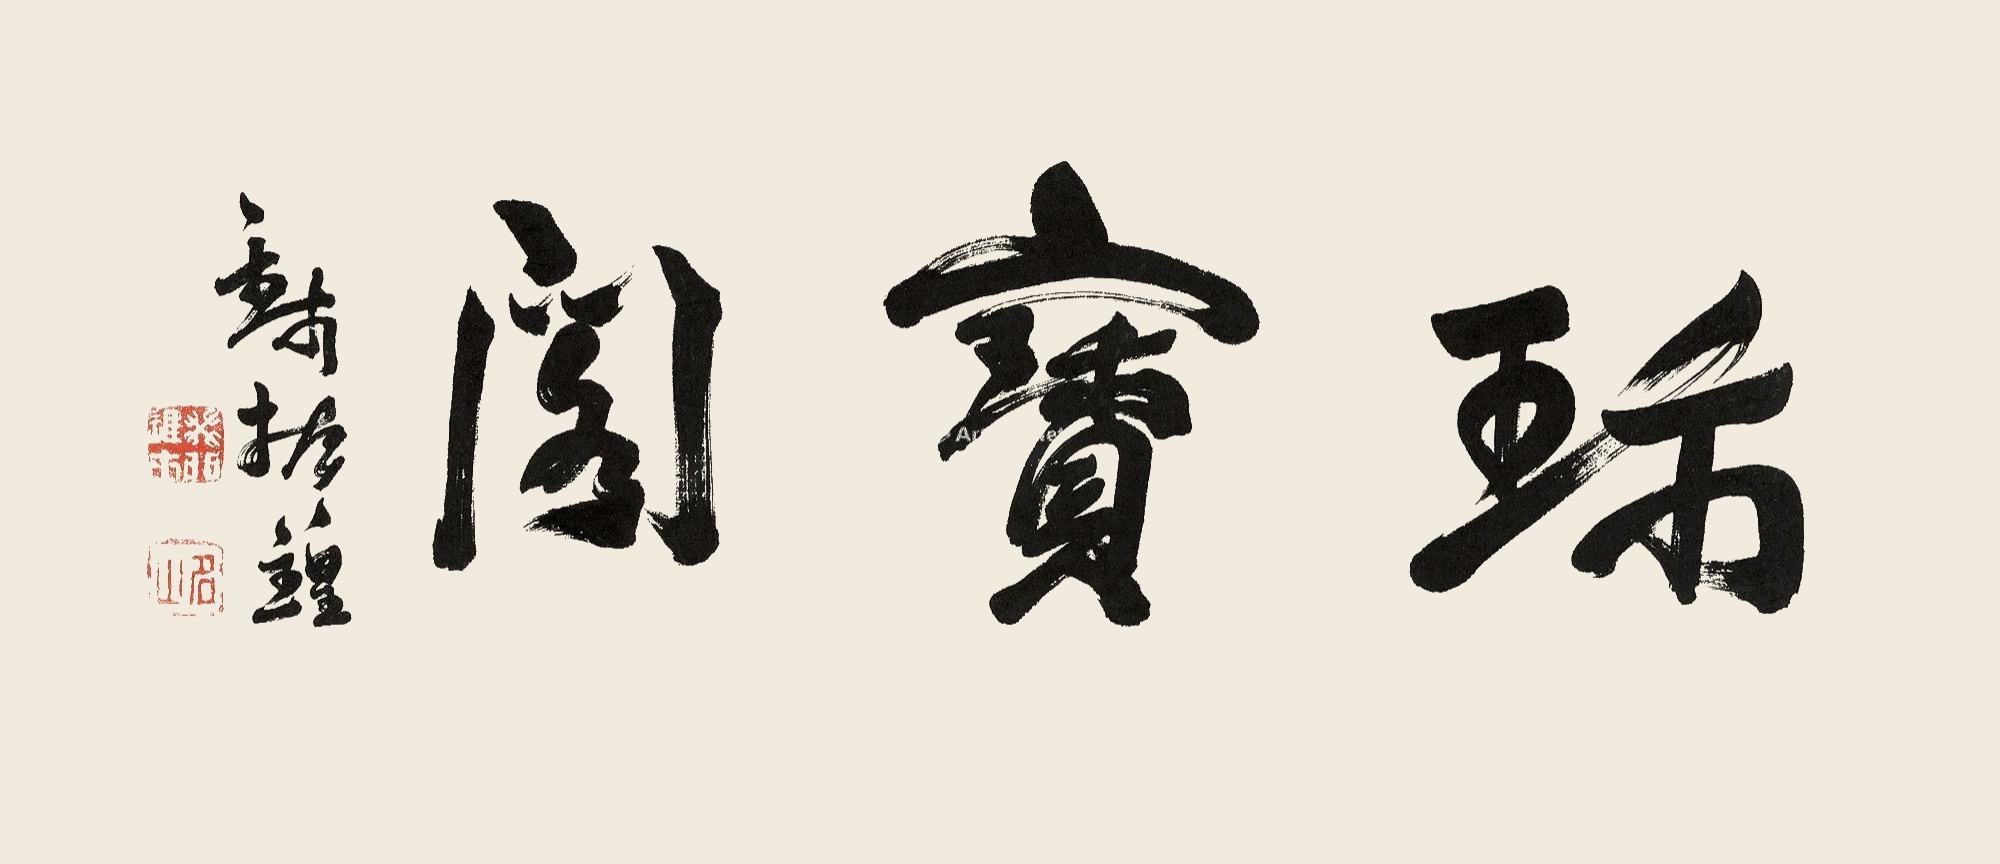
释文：珍宝阁钱振锽。